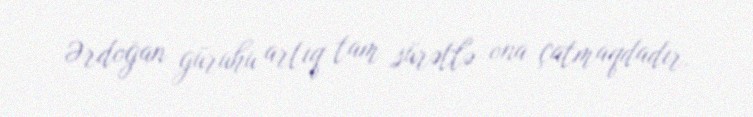
Ərdoğan güruhu artıq tam sürətlə ona çatmaqdadır.